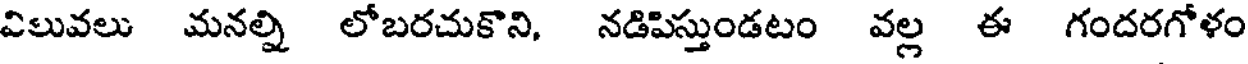
విలువలు మనల్ని లోబరచుకొని, నడిపిస్తుండటం వల్ల ఈ గందరగోళం